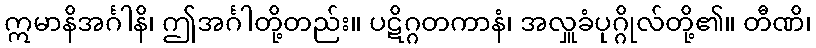
ဣမာနိအင်္ဂါနိ၊ ဤအင်္ဂါတို့တည်း။ ပဋိဂ္ဂတကာနံ၊ အလှူခံပုဂ္ဂိုလ်တို့၏။ တီဏိ၊